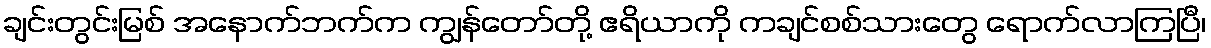
ချင်းတွင်းမြစ် အနောက်ဘက်က ကျွန်တော်တို့ ဧရိယာကို ကချင်စစ်သားတွေ ရောက်လာကြပြီ၊